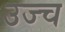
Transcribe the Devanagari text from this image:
उज्च